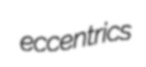
eccentrics